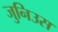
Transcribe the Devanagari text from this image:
जुनिउस